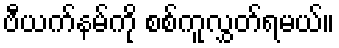
ဗီယက်နမ်ကို စစ်ကူလွှတ်ရမယ်။